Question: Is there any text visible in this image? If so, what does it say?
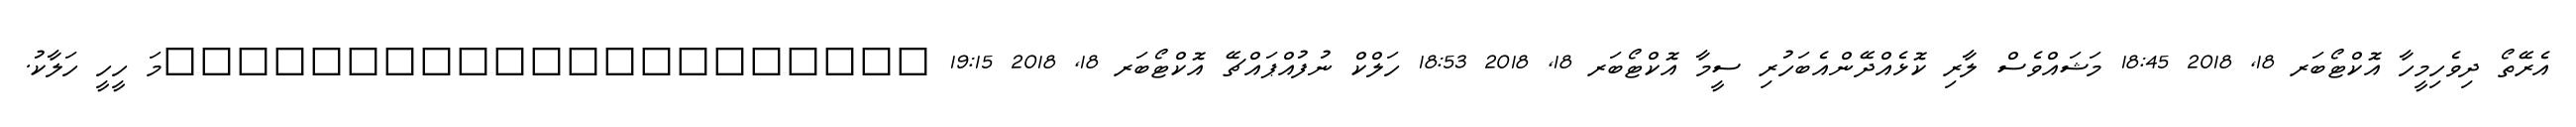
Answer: އެރޭތޯ ދިވެހިމީހާ އޮކްޓޯބަރ 18, 2018 18:45 މަޝައްވެސް ލާރި ކޮޅެއްދޭންއެބަހުރި ސީމާ އޮކްޓޯބަރ 18, 2018 18:53 ހަލްކް ނުފުއްޕައްޗޭ އޮކްޓޯބަރ 18, 2018 19:15 ?????????????????????މަ ހީހީ ހަލާކު.